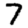
Digit: 7